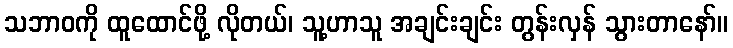
သဘာဝကို ထူထောင်ဖို့ လိုတယ်၊ သူ့ဟာသူ အချင်းချင်း တွန်းလှန် သွားတာနော်။